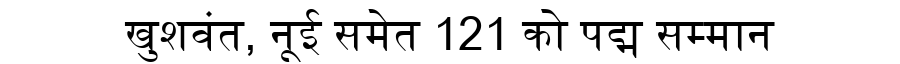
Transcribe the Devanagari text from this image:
खुशवंत, नूई समेत 121 को पद्म सम्मान